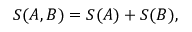
S ( A , B ) = S ( A ) + S ( B ) ,